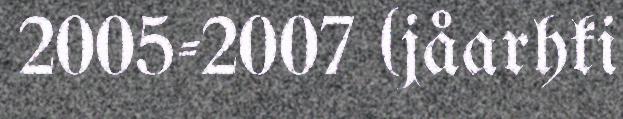
2005-2007 (jåarhki